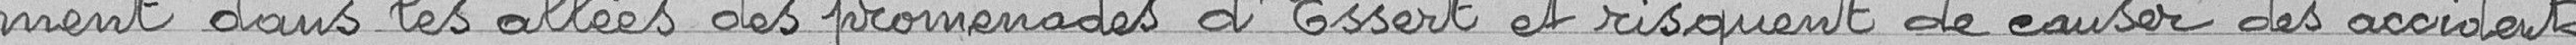
ment dans les allées des promenades d'Essert et risquent de causer des accidents